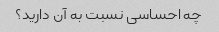
چه احساسی نسبت به آن دارید؟